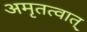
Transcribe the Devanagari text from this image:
अमृतत्वात्